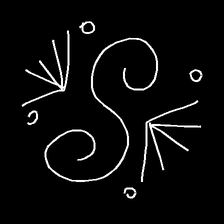
Glyph: aeroform